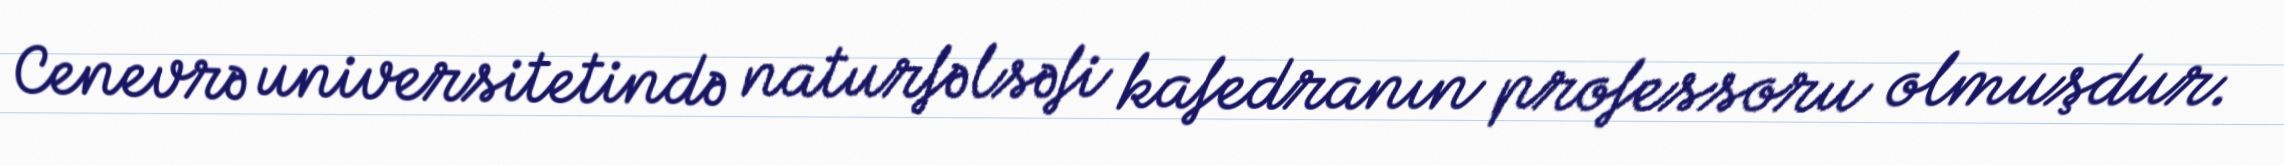
Cenevrə universitetində naturfəlsəfi kafedranın professoru olmuşdur.